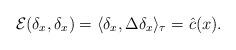
LaTeX: \begin{gather*}{\mathcal E}(\delta_x, \delta_x)=\langle\delta_x,\Delta\delta_x\rangle_\tau=\hat c(x).\end{gather*}